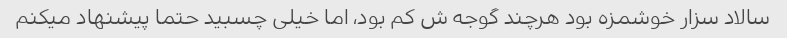
سالاد سزار خوشمزه بود هرچند گوجه ش کم بود، اما خیلی چسبید حتما پیشنهاد میکنم